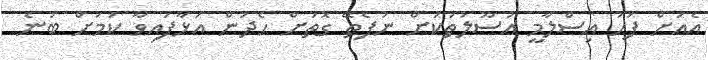
އެއަށް ފަހު އިސްލާމީ އުސޫލުތަކަށް ނުފެތޭ ގޮތަށް ހެދުން އަޅާފައިވާ ކަމަށް ބުނެ